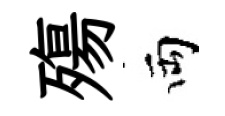
殤両